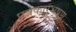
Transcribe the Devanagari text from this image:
पत्रकारभूषण